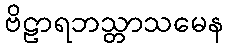
ဗိဠာရဘသ္တာသမေန